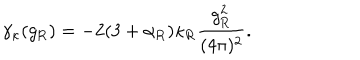
\gamma _ { \kappa } ( g _ { \mathrm { R } } ) = - 2 ( 3 + \alpha _ { \mathrm { R } } ) \kappa _ { \mathrm { R } } \frac { g _ { \mathrm { R } } ^ { 2 } } { ( 4 \pi ) ^ { 2 } } .